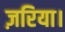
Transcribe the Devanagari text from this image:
ज़रिया।